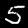
Digit: 5